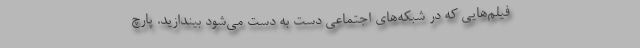
فيلم‌هايي كه در شبكه‌هاي اجتماعي دست به دست مي‌شود بيندازيد. پارچ